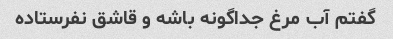
گفتم آب مرغ جداگونه باشه و قاشق نفرستاده